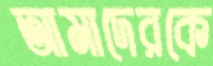
আমাদেরকে